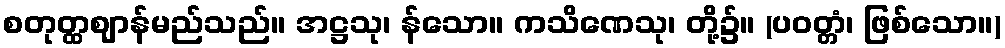
စတုတ္ထဈာန်မည်သည်။ အဋ္ဌသု၊ န်သော။ ကသိဏေသု၊ တို့၌။ (ပဝတ္တံ၊ ဖြစ်သော။)